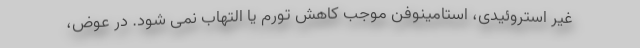
غیر استروئیدی، استامینوفن موجب کاهش تورم یا التهاب نمی شود. در عوض،